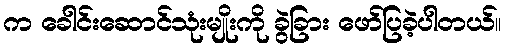
က ခေါင်းဆောင်သုံးမျိုးကို ခွဲခြား ဖော်ပြခဲ့ပါတယ်။